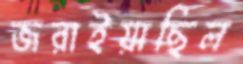
জরাইয়াছিল